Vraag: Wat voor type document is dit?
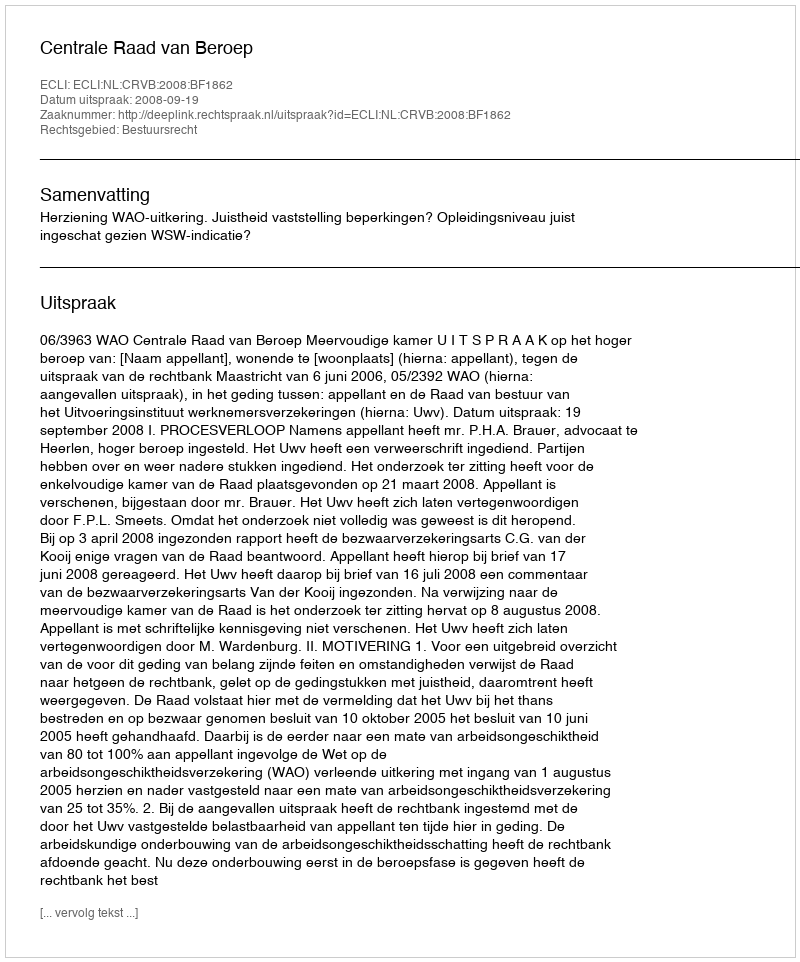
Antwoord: Uitspraak